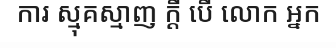
ការ ស្មុគស្មាញ ក្តី បើ លោក អ្នក